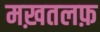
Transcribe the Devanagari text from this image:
मख़तलफ़